Indian journal of veterinary science and animal husbandry - Volume 7,
Year: 1937
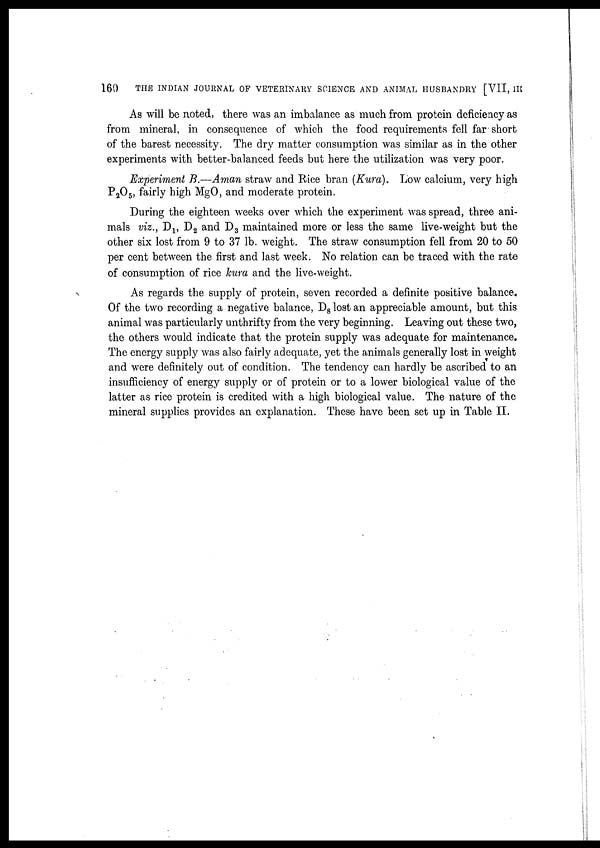
160
THE INDIAN JOURNAL OF VETERINARY SCIENCE AND ANIMAL HUSBANDRY [VII, III
As will be noted, there was an imbalance as much from protein deficiency as
from mineral, in consequence of which the food requirements fell far short
of the barest necessity. The dry matter consumption was similar as in the other
experiments with better-balanced feeds but here the utilization was very poor.
Experiment B.—Aman straw and Rice bran (Kura). Low calcium, very high
P 2 O 5 , fairly high MgO, and moderate protein.
During the eighteen weeks over which the experiment was spread, three ani-
mals viz., D 1 D 2 and D 3 maintained more or less the same live-weight but the
other six lost from 9 to 37 lb. weight. The straw consumption fell from 20 to 50
per cent between the first and last week. No relation can be traced with the rate
of consumption of rice kura and the live-weight.
As regards the supply of protein, seven recorded a definite positive balance.
Of the two recording a negative balance, D 8 lost an appreciable amount, but this
animal was particularly unthrifty from the very beginning. Leaving out these two,
the others would indicate that the protein supply was adequate for maintenance.
The energy supply was also fairly adequate, yet the animals generally lost in weight
and were definitely out of condition. The tendency can hardly be ascribed to an
insufficiency of energy supply or of protein or to a lower biological value of the
latter as rice protein is credited with a high biological value. The nature of the
mineral supplies provides an explanation. These have been set up in Table II.